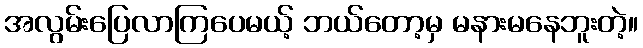
အလွမ်းပြေလာကြပေမယ့် ဘယ်တော့မှ မနားမနေဘူးတဲ့။